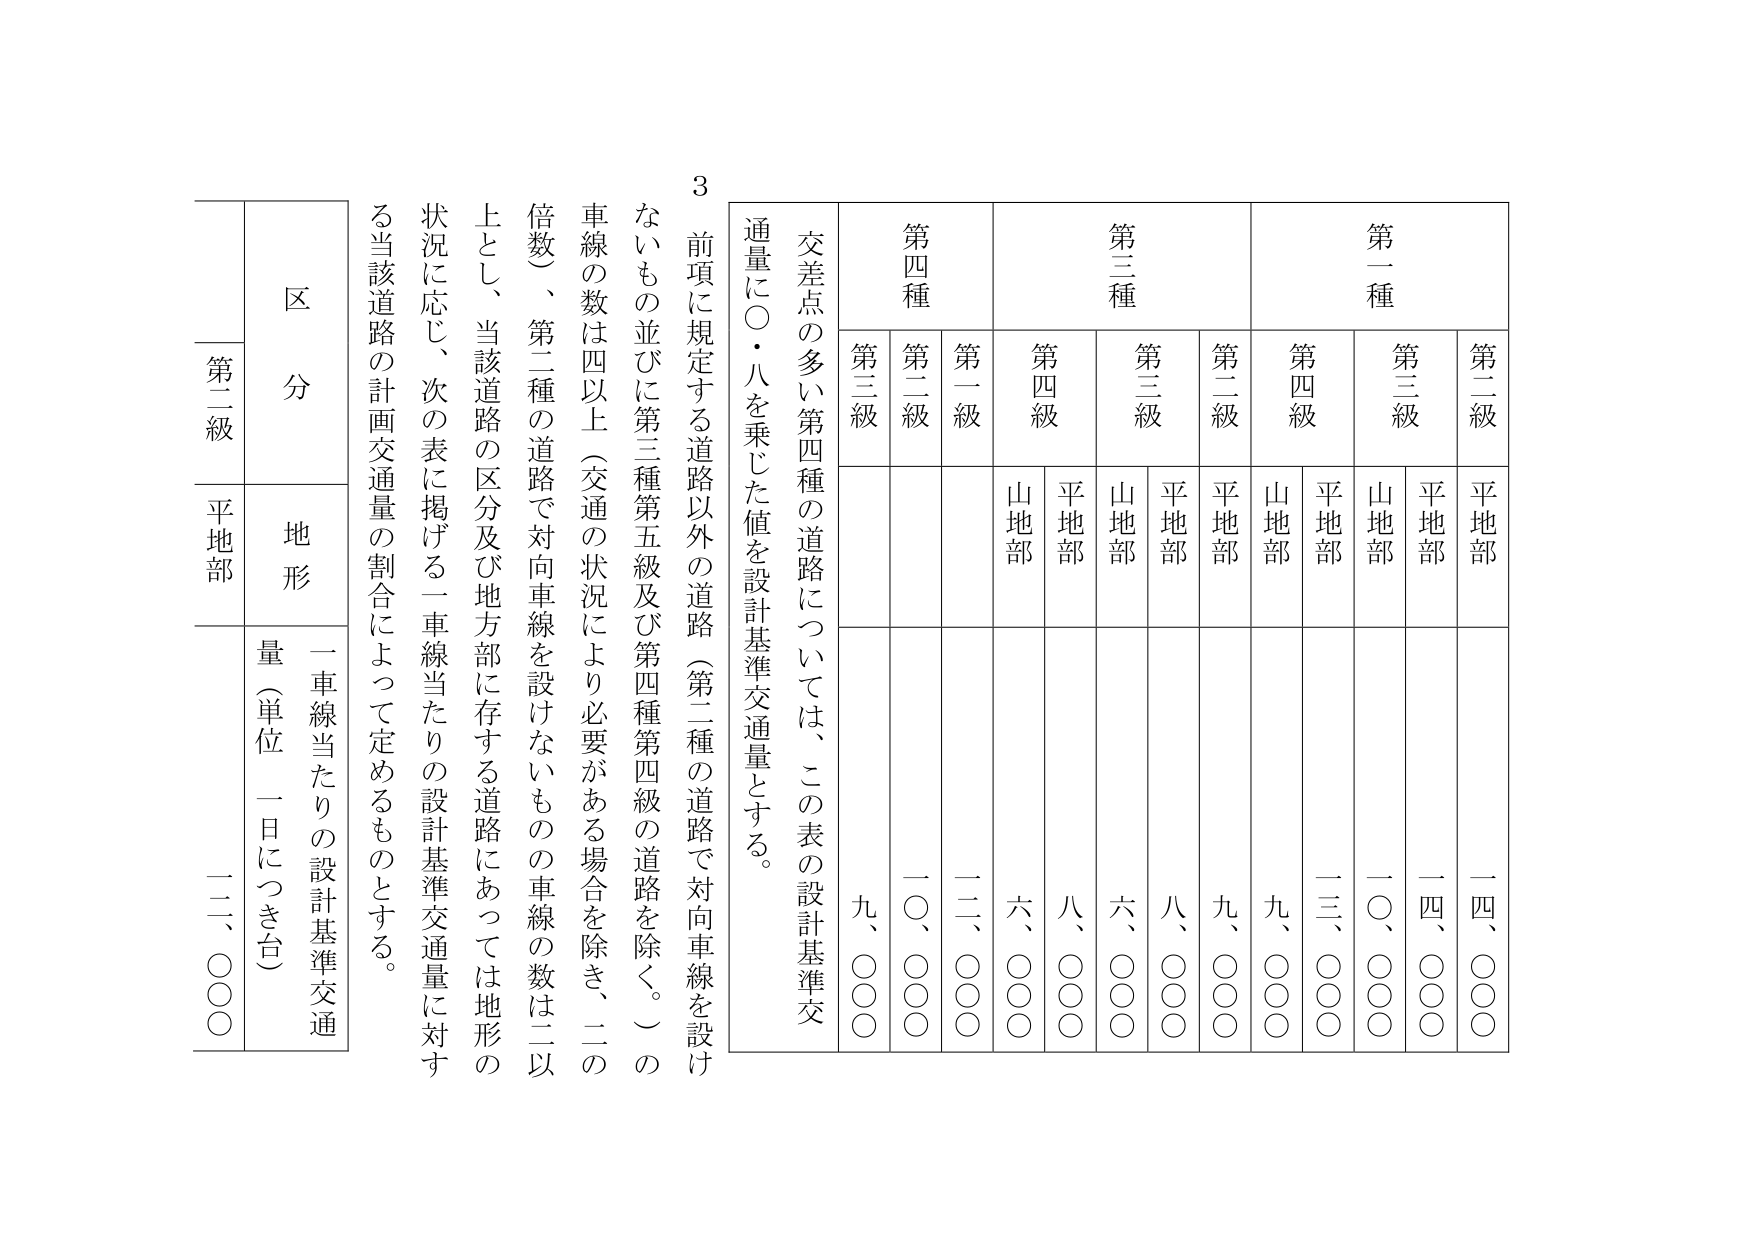
3
交差点の多い第四種の道路については、この表の設計基準交通量に〇・八を乗じた値を設計基準交通量とする。
前項に規定する道路以外の道路（第二種の道路で対向車線を設けないもの並びに第三種第五級及び第四種第四級の道路を除く。）の車線の数は四以上（交通の状況により必要がある場合を除き、二の倍数）、第二種の道路で対向車線を設けないものの車線の数は二以上とし、当該道路の区分及び地方部に存する道路にあっては地形の状況に応じ、次の表に掲げる一車線当たりの設計基準交通量に対する当該道路の計画交通量の割合によって定めるものとする。

区 分
第二級
地 形
平地部
一車線当たりの設計基準交通量（単位 一日につき台）
二二、〇〇〇

第一種
第二級
第三級
第四級
平地部
山地部
平地部
山地部
平地部
山地部
一四、〇〇〇
一〇、〇〇〇
一三、〇〇〇
九、〇〇〇
一四、〇〇〇
一〇、〇〇〇
一三、〇〇〇
九、〇〇〇

第三種
第二級
第三級
第四級
平地部
山地部
平地部
山地部
平地部
山地部
九、〇〇〇
八、〇〇〇
六、〇〇〇
八、〇〇〇
六、〇〇〇
八、〇〇〇

第四種
第二級
第三級
第一級
平地部
山地部
平地部
山地部
平地部
山地部
一〇、〇〇〇
九、〇〇〇
一二、〇〇〇
六、〇〇〇
八、〇〇〇
六、〇〇〇